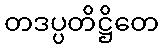
တဒပ္ပတိဋ္ဌိတေ